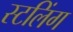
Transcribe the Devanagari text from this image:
स्टलिंग